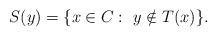
LaTeX: \begin{align*}S(y)=\{x\in C:~y\notin T(x)\}.\end{align*}